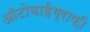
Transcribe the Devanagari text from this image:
आॅटोबाईग्राफ़ी